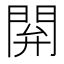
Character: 閞